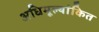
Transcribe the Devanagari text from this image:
अधिमूल्यांकित